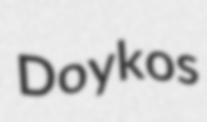
Doykos